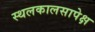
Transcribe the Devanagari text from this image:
स्थलकालसापेक्ष